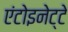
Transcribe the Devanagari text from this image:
एंटोइनेट्टे